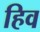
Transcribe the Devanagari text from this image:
हिव